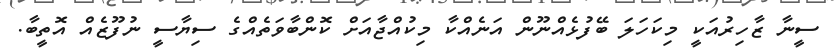
ސީނާ ޒާހިރުއަކީ މިކަހަލަ ބޭފުޅެއްނޫން އަނެއްކާ މިކުއްޖާއަށް ކޮންބާވަތެއްގެ ސިޔާސީ ނުފޫޒެއް އޮތީބާ.